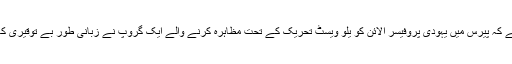
پولیس کا کہنا ہے کہ پیرس میں یہودی پروفیسر الائن کو یلو ویسٹ تحریک کے تحت مظاہرہ کرنے والے ایک گروپ نے زبانی طور بے توقیری کا نشانہ بنایا ہے۔